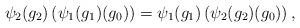
LaTeX: \begin{align*}\psi_2(g_2)\left(\psi_1(g_1)(g_0)\right) =\psi_1(g_1)\left(\psi_2(g_2)(g_0)\right),\end{align*}